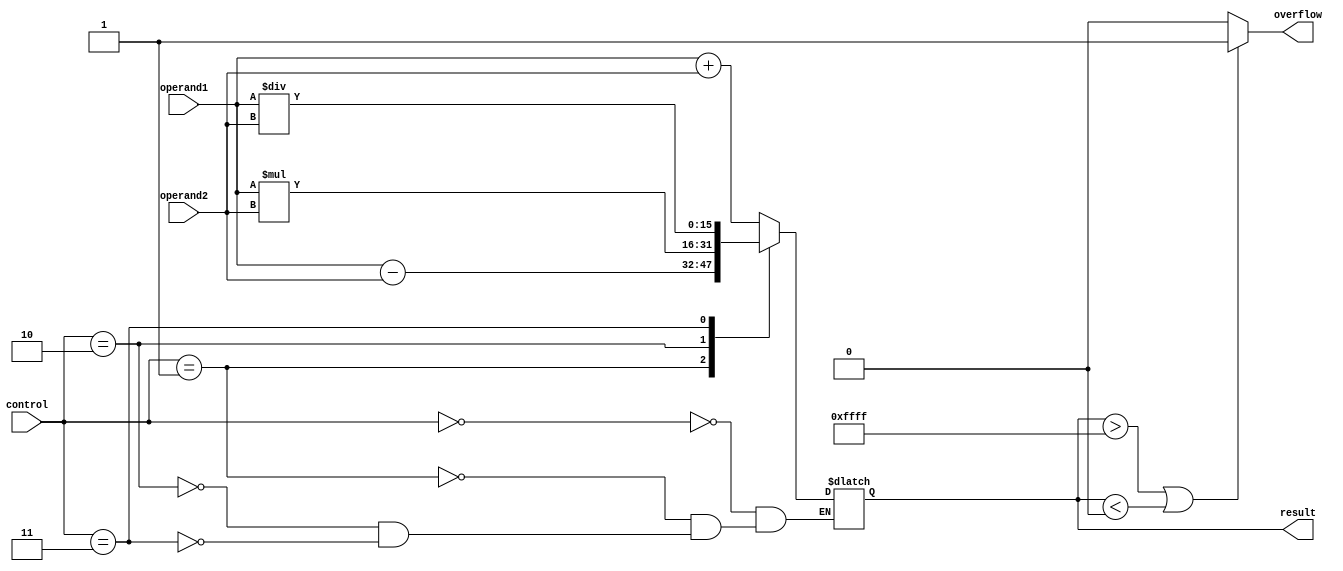
module ALU (
    input [15:0] operand1,
    input [15:0] operand2,
    input [3:0] control,
    output reg [15:0] result,
    output reg overflow
);

// Define arithmetic operations
parameter ADD = 4'b0000;
parameter SUB = 4'b0001;
parameter MUL = 4'b0010;
parameter DIV = 4'b0011;

always @(*)
begin
    case(control)
        ADD: result = operand1 + operand2;
        SUB: result = operand1 - operand2;
        MUL: result = operand1 * operand2;
        DIV: result = operand1 / operand2;
    endcase
end

// Overflow detection logic
always @(*)
begin
    if(result > 65535 || result < 0) // Check if result exceeds 16-bit range
        overflow = 1;
    else
        overflow = 0;
end

endmodule